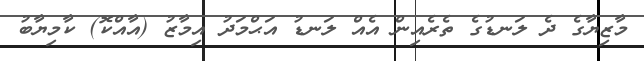
މާޒިޔާގެ ދެ ލަނޑުގެ ތެރެއިން އެއް ލަނޑު އަޙްމަދު އިމާޒު (އާއްކޮ) ކާމިޔާބު